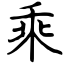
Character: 乘